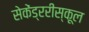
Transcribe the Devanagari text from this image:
सेकेंड्ररीस्कूल